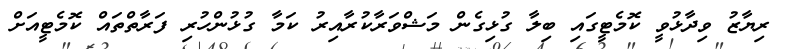
ރިޔާޒު ވިދާޅުވީ ކޮމެޓީގައި ބިލާ ގުޅިގެން މަޝްވަރާކުރާއިރު ކަމާ ގުޅުންހުރި ފަރާތްތައް ކޮމެޓީއަށް